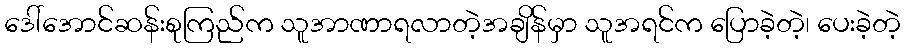
ဒေါ်အောင်ဆန်းစုကြည်က သူအာဏာရလာတဲ့အချိန်မှာ သူအရင်က ပြောခဲ့တဲ့၊ ပေးခဲ့တဲ့